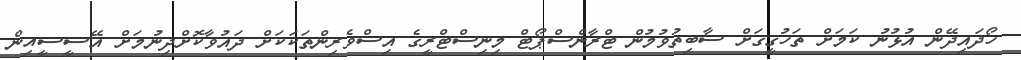
ހޯދައިދޭން އުޅުނު ކަމަށް ތަހުގީގަށް ސާބިތުވުމުން ޓްރާންސްޕޯޓް މިނިސްޓްރީގެ އިސްވެރިންތަކަކަށް ދައުވާކޮށްދިނުމަށް އޭސީސީއިން